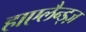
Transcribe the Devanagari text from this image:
हाएलैन्ड्ज़